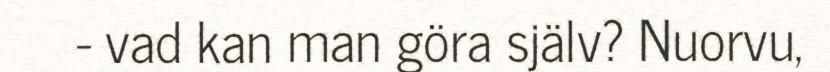
- vad kan man göra själv? Nuorvu,